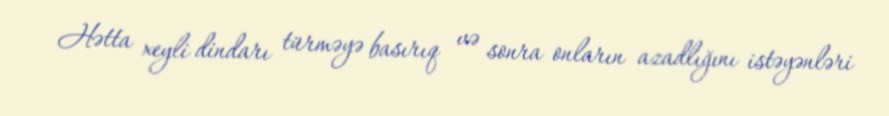
Hətta xeyli dindarı türməyə basırıq və sonra onların azadlığını istəyənləri